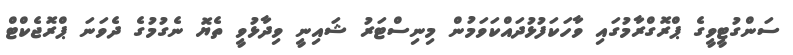
ސަންގުޓީވީގެ ޕްރޮގްރާމުގައި ވާހަކަފުޅުދައްކަވަމުން މިނިސްޓަރު ޝައިނީ ވިދާޅުވީ ތެޔޮ ނެގުމުގެ ދެވަނަ ޕްރޮޖެކްޓް